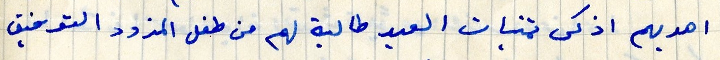
اهديهم اذكى تمنيات العيد طالبة لهم من طفل المزود التوفيق